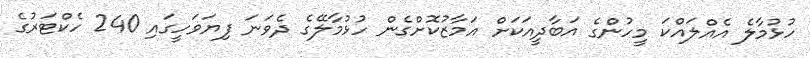
ހުޅުމާލެ އެއްލައްކަ މީހުންގެ އަބާދީއަކަށް އަމާޒުކޮށްގެން ހުޅުމާލޭގެ ދެވަނަ ފިޔަވަހީގައި 240 ހެކްޓަރުގެ